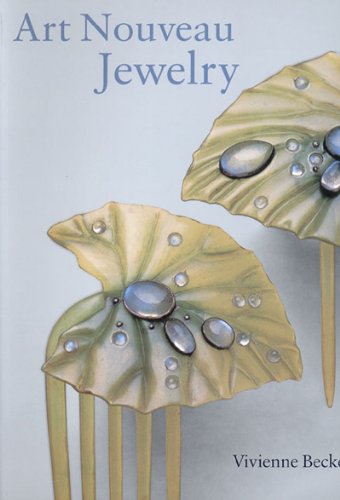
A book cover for Art Nouveau Jewelry; Vivienne Becker; Crafts, Hobbies & Home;